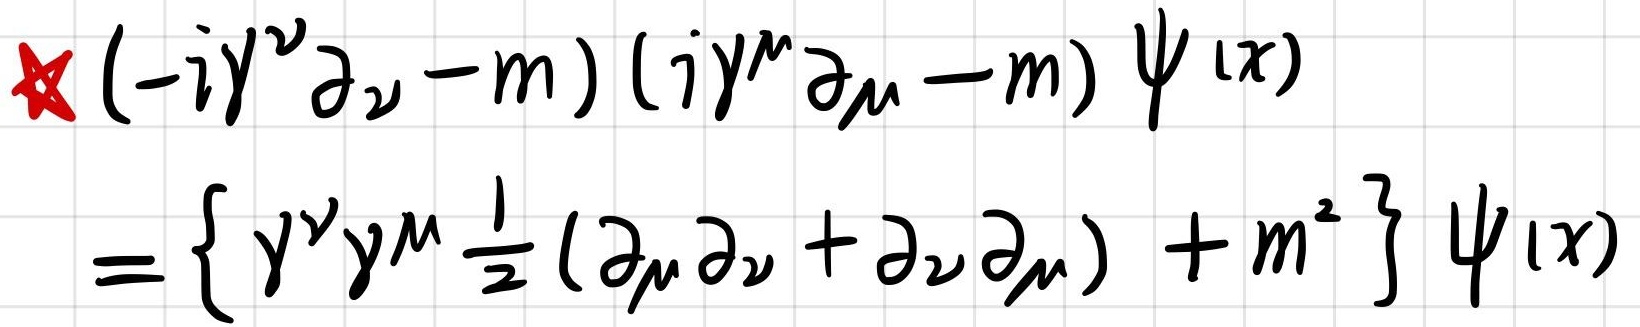
\[
\begin{align*}
&\star(-i\gamma^{\nu}\partial_{\nu}-m)(i\gamma^{\mu}\partial_{\mu}-m)\psi(x)\\
=&\left\{\gamma^{\nu}\gamma^{\mu}\frac{1}{2}(\partial_{\mu}\partial_{\nu}+\partial_{\nu}\partial_{\mu})+m^{2}\right\}\psi(x)
\end{align*}
\]